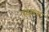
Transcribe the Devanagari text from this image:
स्वंतत्रा